Report on vaccination in the Province of Bengal - 1874-1889
Year: 1874
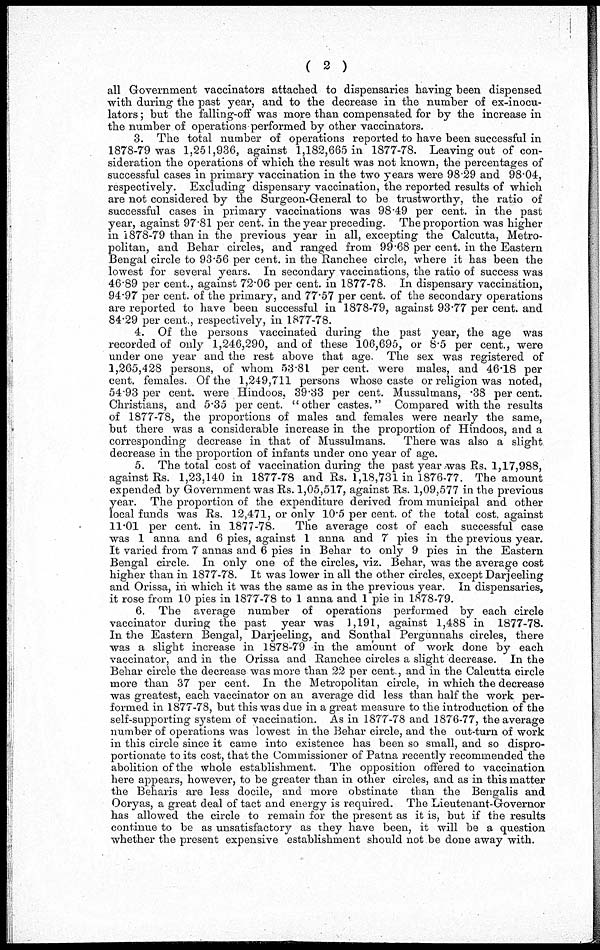
( 2 )
all Government vaccinators attached to dispensaries having been dispensed
with during the past year, and to the decrease in the number of ex-inocu¬
lators; but the falling-off was more than compensated for by the increase in
the number of operations performed by other vaccinators.
3. The total number of operations reported to have been successful in
1878-79 was 1,251,936, against 1,182,665 in 1877-78. Leaving out of con-
sideration the operations of which the result was not known, the percentages of
successful cases in primary vaccination in the two years were 98.29 and 98.04,
respectively. Excluding dispensary vaccination, the reported results of which
are not considered by the Surgeon-General to be trustworthy, the ratio of
successful cases in primary vaccinations was 98.49 per cent. in the past
year, against 97.81 per cent. in the year preceding. The proportion was higher
in 1878-79 than in the previous year in all, excepting the Calcutta, Metro-
politan, and Behar circles, and ranged from 99.68 per cent. in the Eastern
Bengal circle to 93.56 per cent. in the Ranchee circle, where it has been the
lowest for several years. In secondary vaccinations, the ratio of success was
46.89 per cent., against 72.06 per cent. in 1877-78. In dispensary vaccination,
94.97 per cent. of the primary, and 77.57 per cent. of the secondary operations
are reported to have been successful in 1878-79, against 93.77 per cent. and
84.29 per cent., respectively, in 1877-78.
4. Of the persons vaccinated during the past year, the age was
recorded of only 1,246,290, and of these 106,695, or 8.5 per cent., were
under one year and the rest above that age. The sex was registered of
1,265,428 persons, of whom 53.81 per cent. were males, and 46.18 per
cent. females. Of the 1,249,711 persons whose caste or religion was noted,
54.93 per cent. were Hindoos, 39.33 per cent. Mussulmans, .38 per cent.
Christians, and 5.35 per cent. "other castes." Compared with the results
of 1877-78, the proportions of males and females were nearly the same,
but there was a considerable increase in the proportion of Hindoos, and a
corresponding decrease in that of Mussulmans. There was also a slight
decrease in the proportion of infants under one year of age.
5. The total cost of vaccination during the past year was Rs. 1,17,988,
against Rs. 1,23,140 in 1877-78 and Rs. 1,18,731 in 1876-77. The amount
expended by Government was Rs. 1,05,517, against Rs. 1,09,577 in the previous
year. The proportion of the expenditure derived from municipal and other
local funds was Rs. 12,471, or only 10.5 per cent. of the total cost, against
11.01 per cent. in 1877-78.
The average cost of each successful case
was 1 anna and 6 pies, against 1 anna and 7 pies in the previous year.
It varied from 7 annas and 6 pies in Behar to only 9 pies in the Eastern
Bengal circle. In only one of the circles, viz. Behar, was the average cost
higher than in 1877-78. It was lower in all the other circles, except Darjeeling
and Orissa, in which it was the same as in the previous year. In dispensaries,
it rose from 10 pies in 1877-78 to 1 anna and 1 pie in 1878-79.
6. The average number of operations performed by each circle
vaccinator during the past year was 1,191, against 1,488 in 1877-78.
In the Eastern Bengal, Darjeeling, and Sonthal Pergunnahs circles, there
was a slight increase in 1878-79 in the amount of work done by each
vaccinator, and in the Orissa and Ranchee circles a slight decrease. In the
Behar circle the decrease was more than 22 per cent., and in the Calcutta circle
more than 37 per cent. In the Metropolitan circle, in which the decrease
was greatest, each vaccinator on an average did less than half the work per-
formed in 1877-78, but this was due in a great measure to the introduction of the
self-supporting system of vaccination. As in 1877-78 and 1876-77, the average
number of operations was lowest in the Behar circle, and the out-turn of work
in this circle since it came into existence has been so small, and so dispro-
portionate to its cost, that the Commissioner of Patna recently recommended the
abolition of the whole establishment. The opposition offered to vaccination
here appears, however, to be greater than in other circles, and as in this matter
the Beharis are less docile, and more obstinate than the Bengalis and
Ooryas, a great deal of tact and energy is required. The Lieutenant-Governor
has allowed the circle to remain for the present as it is, but if the results
continue to be as unsatisfactory as they have been, it will be a question
whether the present expensive establishment should not be done away with.